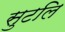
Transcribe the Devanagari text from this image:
सुटलि